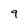
Character: 9